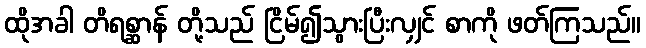
ထိုအခါ တိရစ္ဆာန် တို့သည် ငြိမ်၍သွားပြီးလျှင် စာကို ဖတ်ကြသည်။